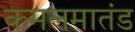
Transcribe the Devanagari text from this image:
कमलमातंड